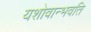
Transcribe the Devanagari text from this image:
यशोवान्भवति